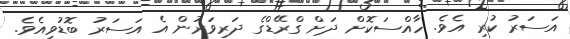
އަސަރު ކުރި އެވެ. ހާއްސަކޮށް ދަށް ގްރޭޑްގެ ދަރިވަރުން އެ އަސަރު ބޮޑުވިއެވެ.